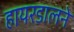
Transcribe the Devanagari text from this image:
हायरडालने